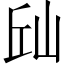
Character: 𱛛